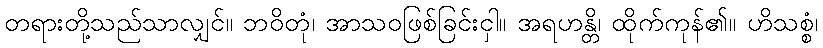
တရားတို့သည်သာလျှင်။ ဘဝိတုံ၊ အာသဝဖြစ်ခြင်းငှါ။ အရဟန္တိ၊ ထိုက်ကုန်၏။ ဟိသစ္စံ၊